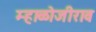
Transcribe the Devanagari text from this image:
म्हाळोजीराव